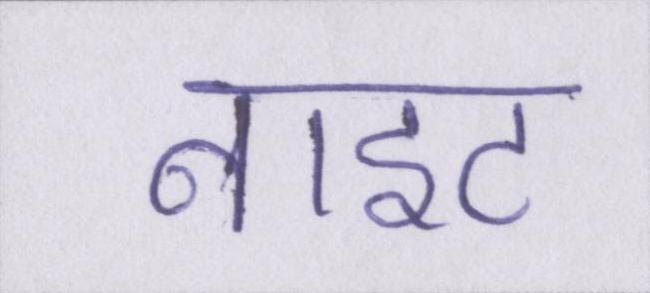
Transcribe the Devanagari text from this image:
नाइट